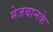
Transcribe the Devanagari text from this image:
मेजबानके